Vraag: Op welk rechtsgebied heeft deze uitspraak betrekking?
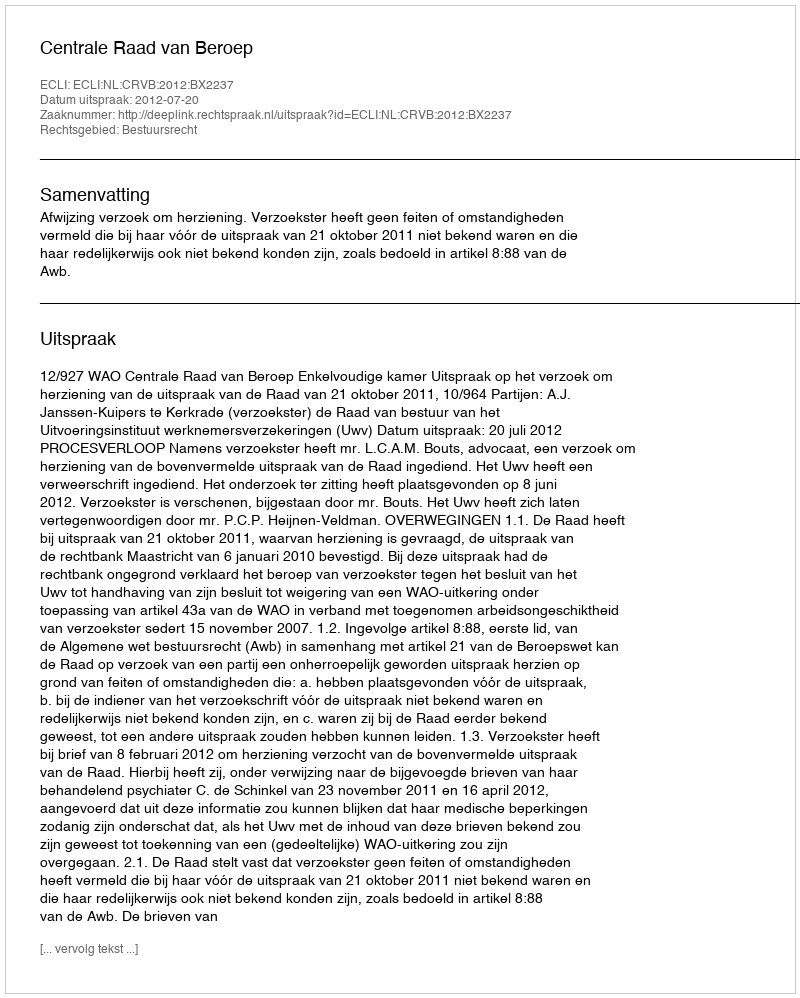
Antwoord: Bestuursrecht